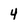
Character: 4